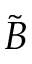
\tilde { B }